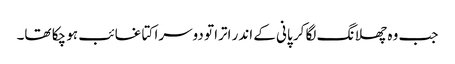
جب وہ چھلانگ لگا کر پانی کے اندر اترا تو دوسرا کتا غائب ہو چکا تھا۔